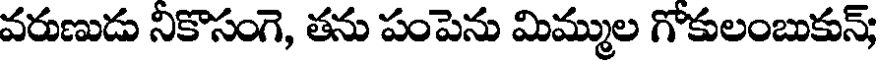
వరుణుడు నికొసంగె, తను పంపెను మిమ్ముల గొకులంబుకున్;